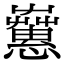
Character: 𢥁